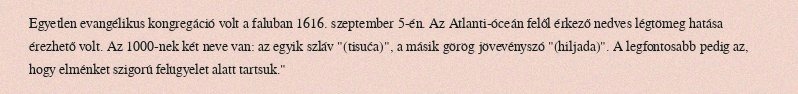
Egyetlen evangélikus kongregáció volt a faluban 1616. szeptember 5-én. Az Atlanti-óceán felől érkező nedves légtömeg hatása érezhető volt. Az 1000-nek két neve van: az egyik szláv "(tisuća)", a másik görög jövevényszó "(hiljada)". A legfontosabb pedig az, hogy elménket szigorú felügyelet alatt tartsuk."